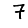
Digit: 7